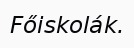
Főiskolák.